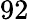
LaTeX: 92